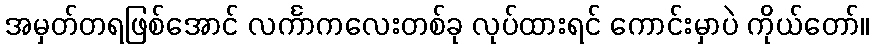
အမှတ်တရဖြစ်အောင် လင်္ကာကလေးတစ်ခု လုပ်ထားရင် ကောင်းမှာပဲ ကိုယ်တော်။